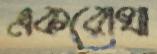
একরোখা